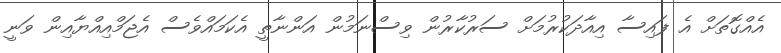
އެއްގޮތަށް އެ ފައިސާ އިއާދަކުރުމަށް ސަރުކާރުން ވިސްނަމުން އަންނާތީ އެކަމައްވެސް އެޖަމްއިއްޔާއިން ވަނީ